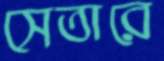
সেতারে